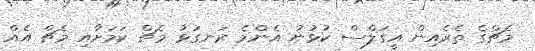
މެޗްގެ ތެރެއިން އީގަލްސް ކުޅުނު އެންމެ ރަނގަޅު މެޗް ކަމަށާއި މެޗް އެއް